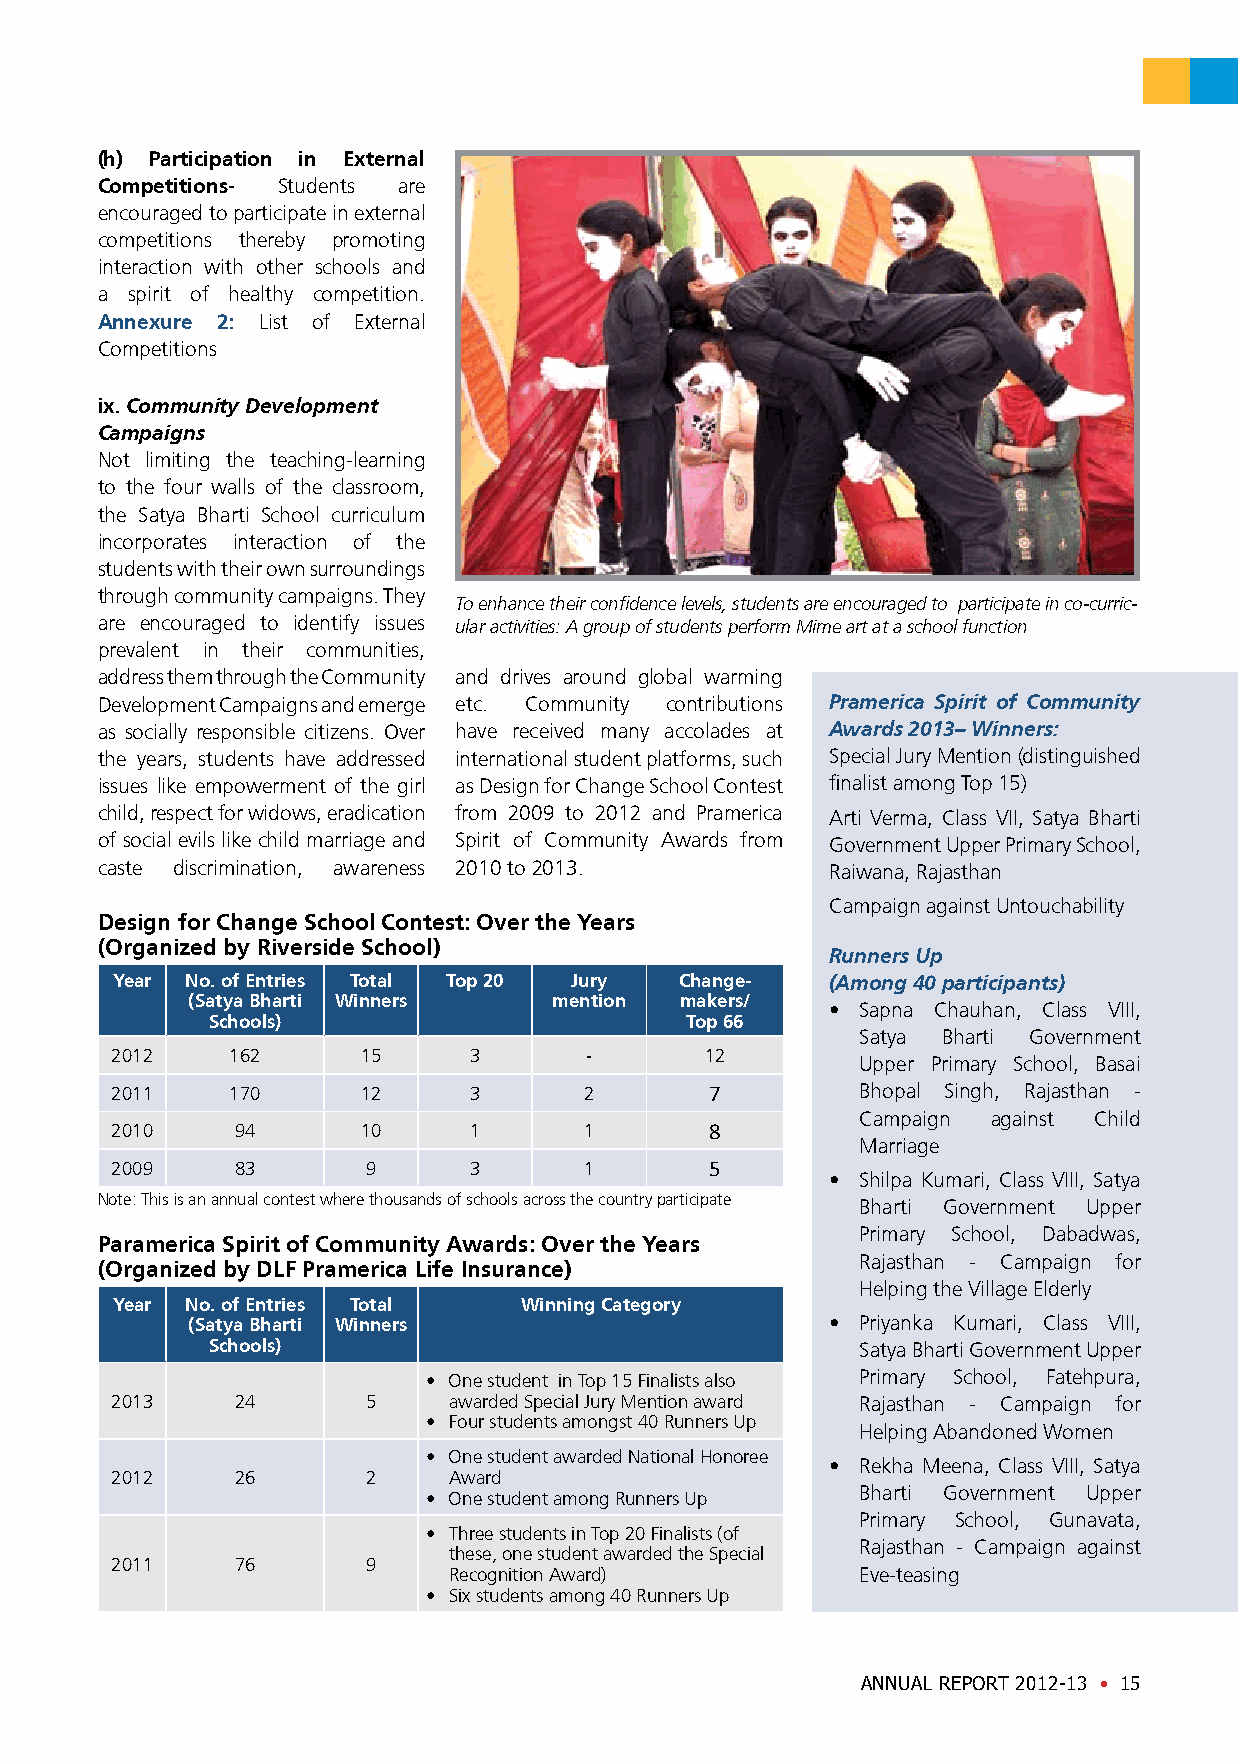
(h) Participation in External
 Competitions- Students are
 encouraged to participate in external
 competitions thereby promoting
 interaction with other schools and
 a spirit of healthy competition.
 Annexure 2: List of External
 Competitions
 ix. Community Development
 Campaigns
 Not limiting the teaching-learning
 to the four walls of the classroom,
 the Satya Bharti School curriculum
 incorporates interaction of the
 students with their own surroundings
 through community campaigns. They
 To enhance their confidence levels, students are encouraged to participate in co-curric-
 are encouraged to identify issues ular activities: A group of students perform Mime art at a school function
 prevalent in their communities,
 address them through the Community and drives around global warming
 Development Campaigns and emerge etc. Community contributions Pramerica Spirit of Community
 as socially responsible citizens. Over have received many accolades at Awards 2013– Winners:
 the years, students have addressed international student platforms, such Special Jury Mention (distinguished
 issues like empowerment of the girl as Design for Change School Contest finalist among Top 15)
 child, respect for widows, eradication from 2009 to 2012 and Pramerica Arti Verma, Class VII, Satya Bharti
 of social evils like child marriage and Spirit of Community Awards from Government Upper Primary School,
 caste discrimination, awareness 2010 to 2013.    Raiwana, Rajasthan
 Campaign against Untouchability
 Design for Change School Contest: Over the Years
 (Organized by Riverside School)
 Runners Up
 Year No. of Entries Total Top 20 Jury Change-   (Among 40 participants)
 (Satya Bharti Winners    mention makers/
 • Sapna Chauhan, Class VIII,
 Schools)                       Top 66
 Satya Bharti Government
 2012    162      15     3       -       12
 Upper Primary School, Basai
 2011    170      12     3       2       7         Bhopal Singh, Rajasthan -
 Campaign against Child
 2010     94      10     1       1       8
 Marriage
 2009     83      9      3       1       5
 • Shilpa Kumari, Class VIII, Satya
 Note: This is an annual contest where thousands of schools across the country participate
 Bharti Government Upper
 Primary School, Dabadwas,
 Paramerica Spirit of Community Awards: Over the Years
 Rajasthan - Campaign for
 (Organized by DLF Pramerica Life Insurance)
 Helping the Village Elderly
 Year No. of Entries Total  Winning Category
 (Satya Bharti Winners                      • Priyanka Kumari, Class VIII,
 Schools)                                   Satya Bharti Government Upper
 • One student in Top 15 Finalists also Primary School, Fatehpura,
 2013     24      5     awarded Special Jury Mention award Rajasthan - Campaign for
 • Four students amongst 40 Runners Up
 Helping Abandoned Women
 • One student awarded National Honoree
 • Rekha Meena, Class VIII, Satya
 2012     26      2     Award
 • One student among Runners Up Bharti Government Upper
 Primary School, Gunavata,
 • Three students in Top 20 Finalists (of
 Rajasthan - Campaign against
 these, one student awarded the Special
 2011     76      9
 Recognition Award)         Eve-teasing
 • Six students among 40 Runners Up
 ANNUAL REPORT 2012-13 • 15